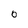
Character: O